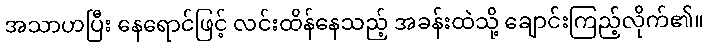
အသာဟပြီး နေရောင်ဖြင့် လင်းထိန်နေသည့် အခန်းထဲသို့ ချောင်းကြည့်လိုက်၏။